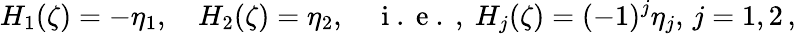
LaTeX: H_{1}(\zeta)=-\eta_{1},\quad H_{2}(\zeta)=\eta_{2},\quad\mathrm{~i~.~e~.~,~}H_{j}(\zeta)=(-1)^{j}\eta_{j},\, j=1,2\, ,